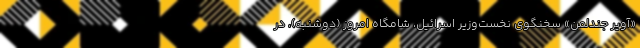
«آویر جندلمن» سخنگوی نخست‌وزیر اسرائیل،‌ شامگاه امروز (دوشنبه)، در